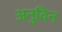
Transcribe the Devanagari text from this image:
अनुदिन